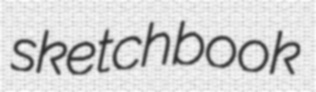
sketchbook